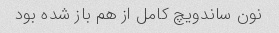
نون ساندویچ کامل از هم باز شده بود